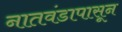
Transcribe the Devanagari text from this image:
नातवंडापासून